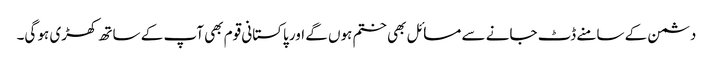
دشمن کے سامنے ڈٹ جانے سے مسائل بھی ختم ہوں گے اور پاکستانی قوم بھی آپ کے ساتھ کھڑی ہو گی۔